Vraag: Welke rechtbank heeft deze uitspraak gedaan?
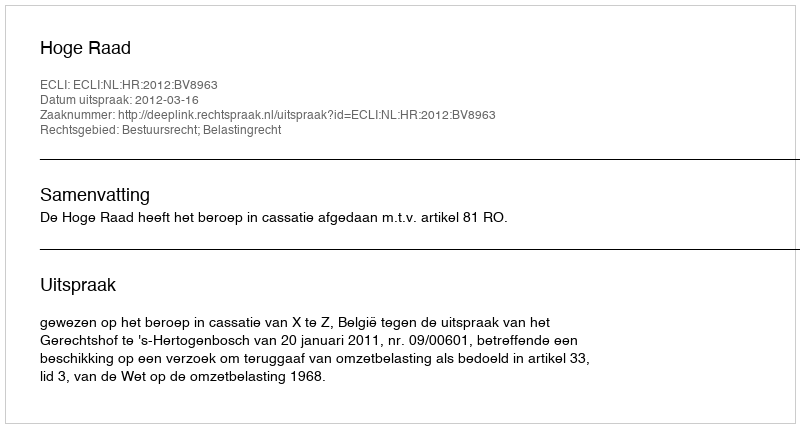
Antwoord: Hoge Raad